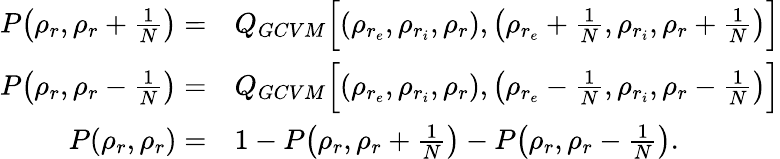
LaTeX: \begin{array}{rl}{P\big(\rho_{r},\rho_{r}+\frac{1}{N}\big)=}&{{}Q_{GCVM}\Big[(\rho_{r_{e}},\rho_{r_{i}},\rho_{r}),\big(\rho_{r_{e}}+\frac{1}{N},\rho_{r_{i}},\rho_{r}+\frac{1}{N}\big)\Big]}\\ {P\big(\rho_{r},\rho_{r}-\frac{1}{N}\big)=}&{{}Q_{GCVM}\Big[(\rho_{r_{e}},\rho_{r_{i}},\rho_{r}),\big(\rho_{r_{e}}-\frac{1}{N},\rho_{r_{i}},\rho_{r}-\frac{1}{N}\big)\Big]}\\ {P(\rho_{r},\rho_{r})=}&{{}1-P\big(\rho_{r},\rho_{r}+\frac{1}{N}\big)-P\big(\rho_{r},\rho_{r}-\frac{1}{N}\big).}\end{array}